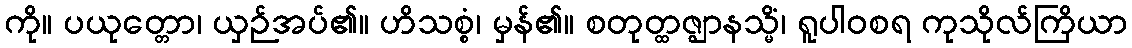
ကို။ ပယုတ္တော၊ ယှဉ်အပ်၏။ ဟိသစ္စံ၊ မှန်၏။ စတုတ္ထဇ္ဈာနသ္မိံ၊ ရူပါဝစရ ကုသိုလ်ကြိယာ